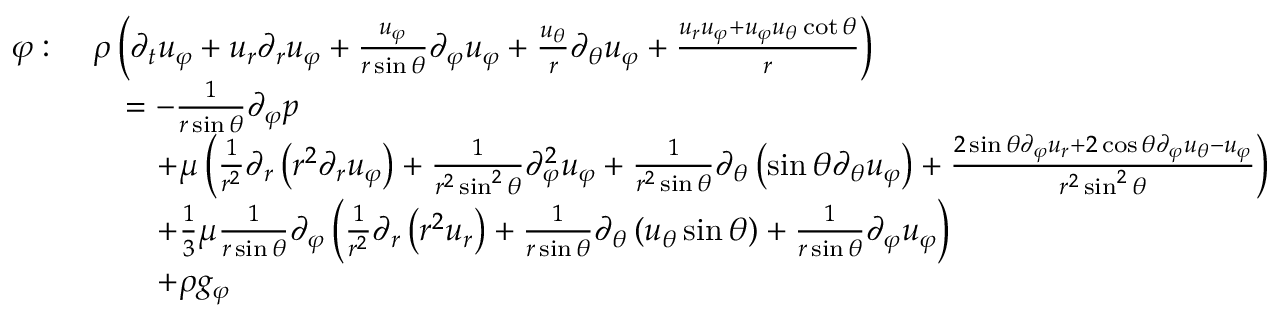
{ \begin{array} { r l } { \varphi : \ } & { \rho \left( { \partial _ { t } u _ { \varphi } } + u _ { r } { \partial _ { r } u _ { \varphi } } + { \frac { u _ { \varphi } } { r \sin \theta } } { \partial _ { \varphi } u _ { \varphi } } + { \frac { u _ { \theta } } { r } } { \partial _ { \theta } u _ { \varphi } } + { \frac { u _ { r } u _ { \varphi } + u _ { \varphi } u _ { \theta } \cot \theta } { r } } \right) } \\ & { \quad = - { \frac { 1 } { r \sin \theta } } { \partial _ { \varphi } p } } \\ & { \qquad + \mu \left( { \frac { 1 } { r ^ { 2 } } } \partial _ { r } \left( r ^ { 2 } { \partial _ { r } u _ { \varphi } } \right) + { \frac { 1 } { r ^ { 2 } \sin ^ { 2 } \theta } } { \partial _ { \varphi } ^ { 2 } u _ { \varphi } } + { \frac { 1 } { r ^ { 2 } \sin \theta } } \partial _ { \theta } \left( \sin \theta { \partial _ { \theta } u _ { \varphi } } \right) + { \frac { 2 \sin \theta { \partial _ { \varphi } u _ { r } } + 2 \cos \theta { \partial _ { \varphi } u _ { \theta } } - u _ { \varphi } } { r ^ { 2 } \sin ^ { 2 } \theta } } \right) } \\ & { \qquad + { \frac { 1 } { 3 } } \mu { \frac { 1 } { r \sin \theta } } \partial _ { \varphi } \left( { \frac { 1 } { r ^ { 2 } } } \partial _ { r } \left( r ^ { 2 } u _ { r } \right) + { \frac { 1 } { r \sin \theta } } \partial _ { \theta } \left( u _ { \theta } \sin \theta \right) + { \frac { 1 } { r \sin \theta } } { \partial _ { \varphi } u _ { \varphi } } \right) } \\ & { \qquad + \rho g _ { \varphi } } \end{array} }